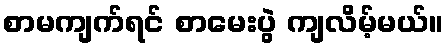
စာမကျက်ရင် စာမေးပွဲ ကျလိမ့်မယ်။